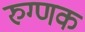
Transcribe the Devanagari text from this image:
रुग्णक